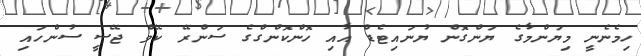
ހިމެނެނީ މިޔަންމާގެ ޔަންގޮން ޔުނައިޓެޑް އާއި ހޮންކޮންގްގެ ސަންރޭ ކޭވް ޖޭސީ ސުންހައި